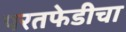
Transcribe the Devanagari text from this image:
परतफेडीचा